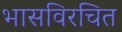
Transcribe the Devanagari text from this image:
भासविरचित